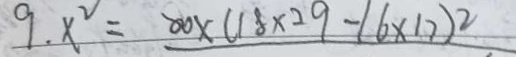
9 . x ^ { 2 } = 8 0 \times ( 1 8 \times 2 9 - 1 6 \times 1 7 ) ^ { 2 }